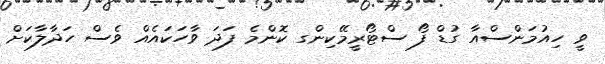
ވީ ހިއުމަންސްއާ ގުޑް ފޯ ސްޓޯރީމޭކިންގ ކޮންމެ ފަދަ ވާހަކައެއް ވެސް ހަދާލާކަށް